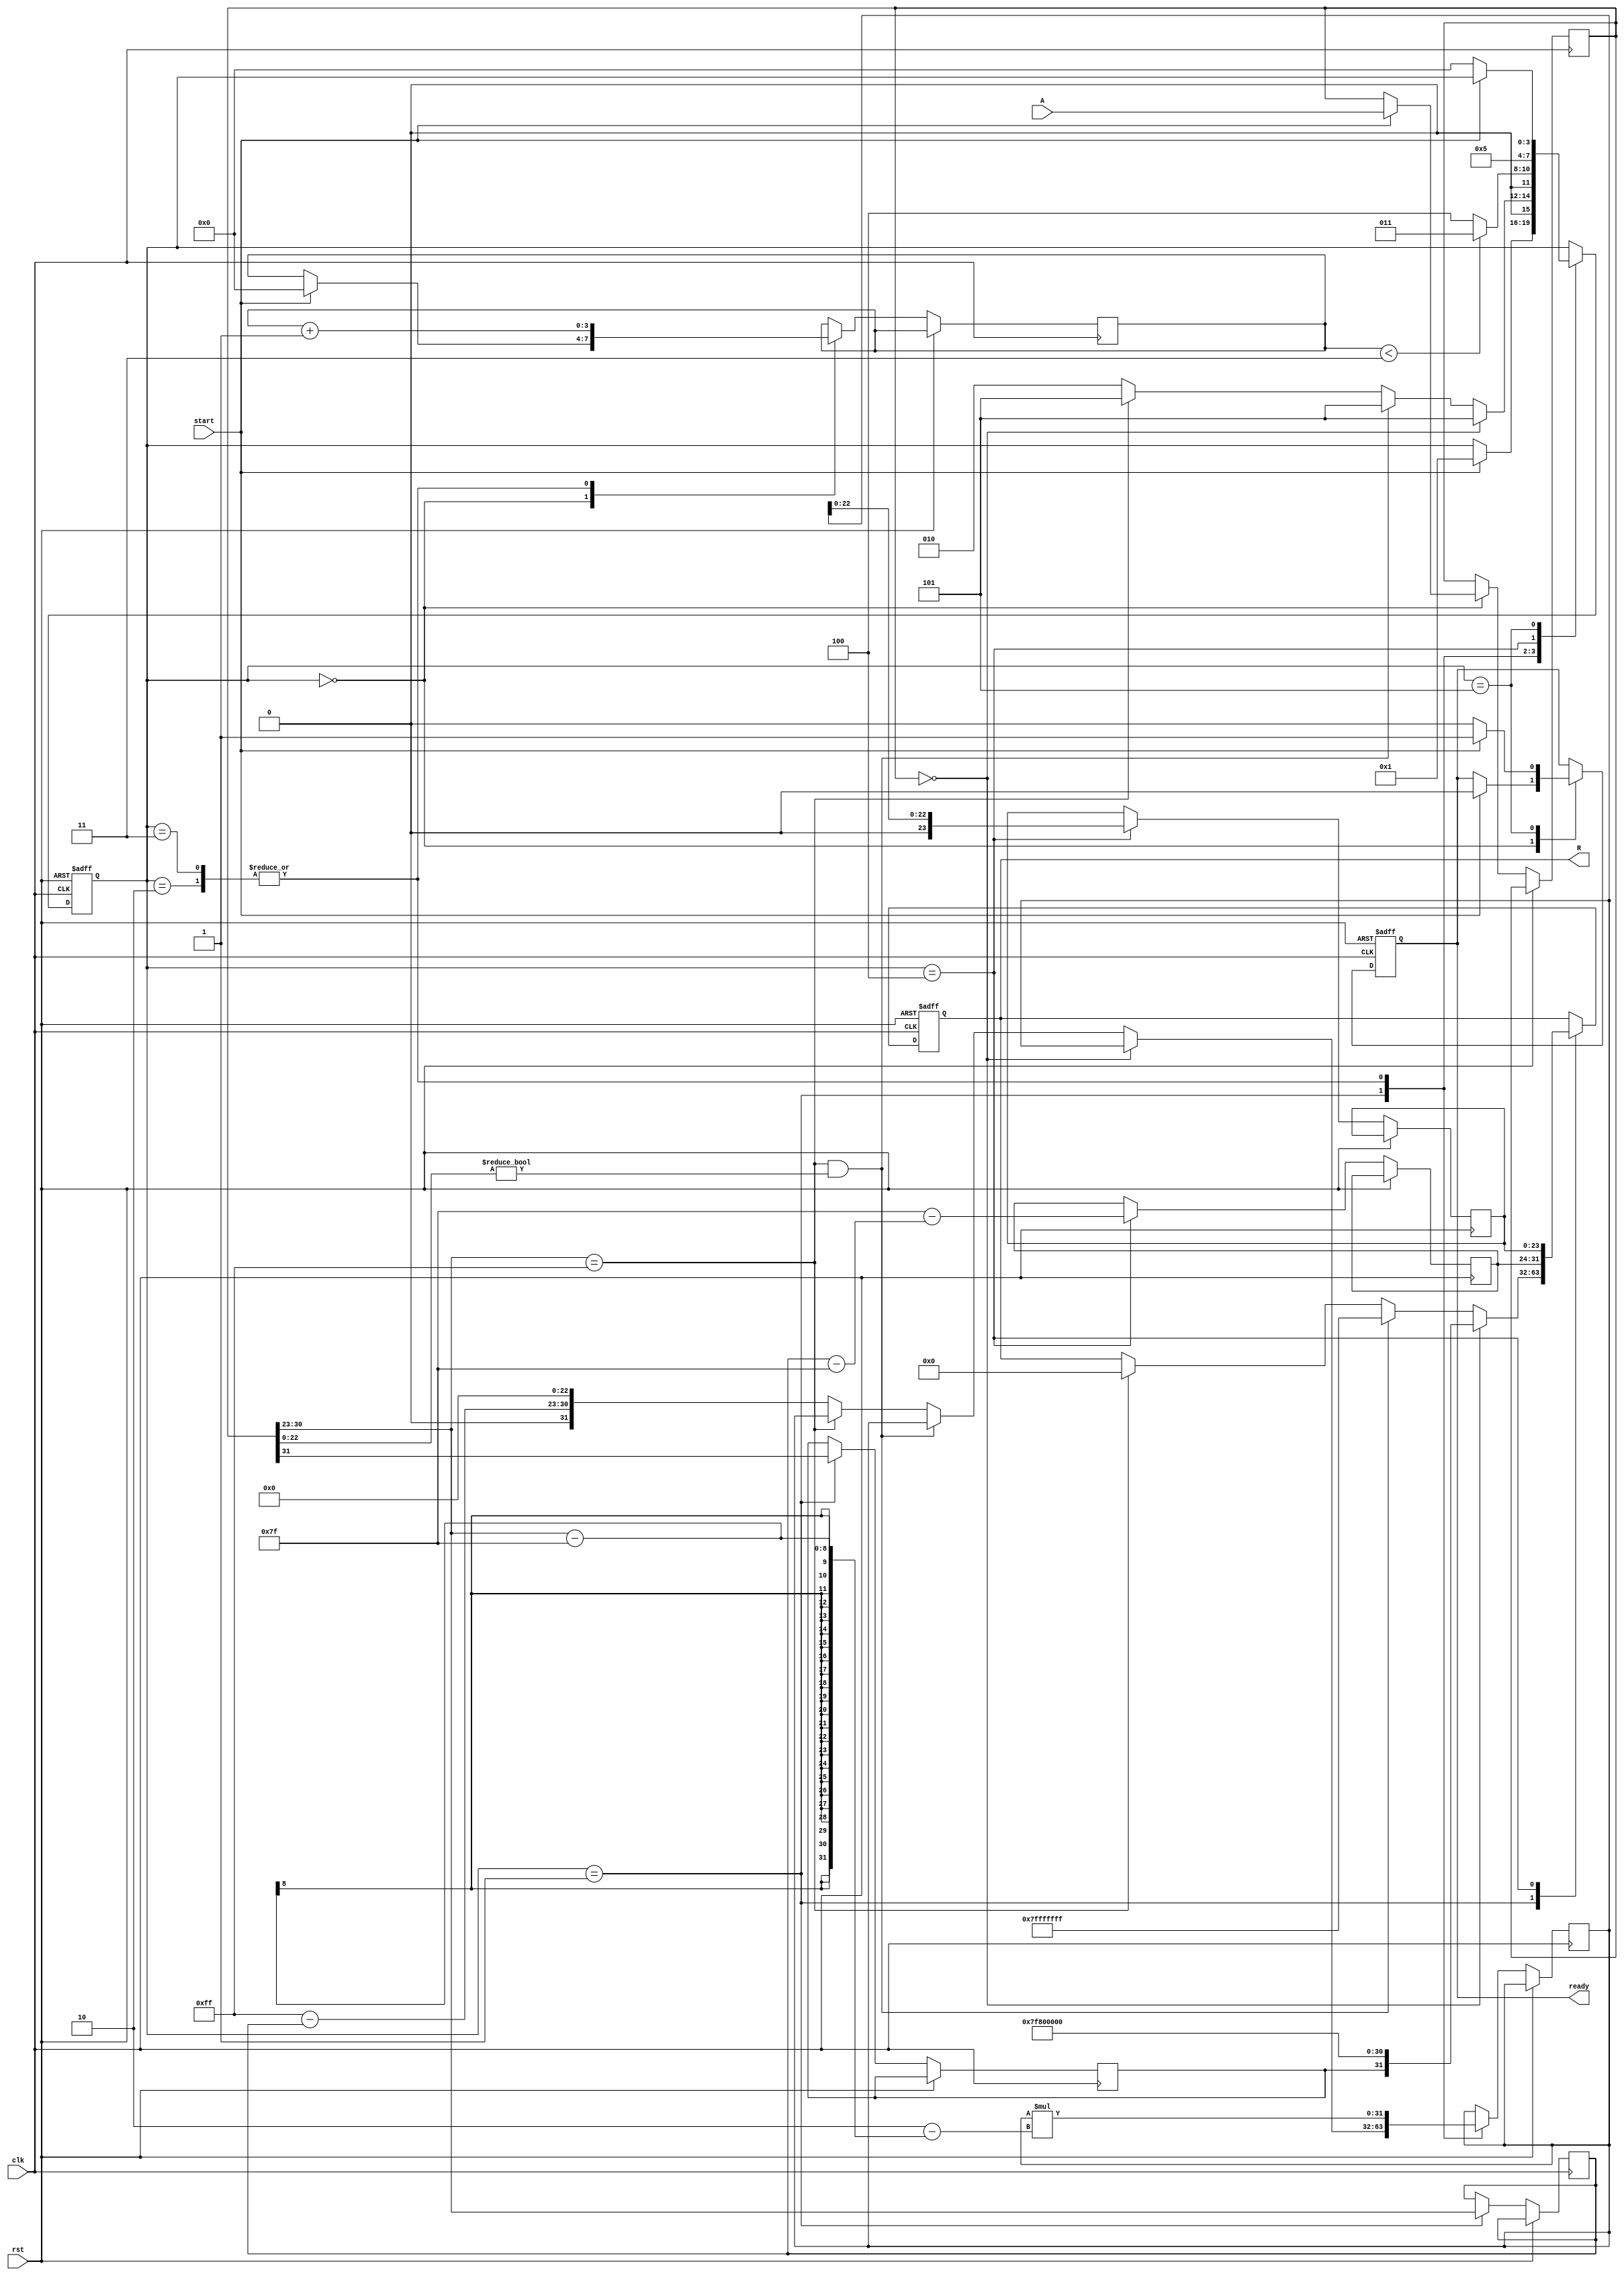
module floating_point_reciprocal (
    input wire clk,
    input wire rst,
    input wire start,
    input wire [31:0] A, // Single-precision floating-point input
    output reg [31:0] R, // Reciprocal output
    output reg ready // Indicates when the result is ready
);

    // Constants for single precision
    localparam EXPONENT_BIAS = 8'd127;
    localparam EXPONENT_WIDTH = 8;
    localparam MANTISSA_WIDTH = 23;
    localparam SIGN_BIT_WIDTH = 1;

    // Internal signals
    reg [31:0] A_reg;
    reg [23:0] mantissa;
    reg [7:0] exponent;
    reg sign;
    reg [31:0] approx; // Approximation of the reciprocal
    reg [7:0] R_exponent;
    reg [23:0] R_mantissa;
    reg [3:0] state; // State machine for control
    reg [3:0] iteration_count;

    // State machine states
    localparam IDLE = 4'b0000;
    localparam DECODE = 4'b0001;
    localparam APPROXIMATE = 4'b0010;
    localparam REFINE = 4'b0011;
    localparam FINALIZE = 4'b0100;
    localparam DONE = 4'b0101;

    // Initial setup
    always @(posedge clk or posedge rst) begin
        if (rst) begin
            state <= IDLE;
            ready <= 0;
            R <= 32'b0;
        end else begin
            case (state)
                IDLE: begin
                    if (start) begin
                        A_reg <= A;
                        state <= DECODE;
                        ready <= 0;
                        iteration_count <= 0;
                    end
                end
                
                DECODE: begin
                    sign <= A_reg[31];
                    exponent <= A_reg[30:23];
                    mantissa <= {1'b1, A_reg[22:0]}; // Normalized mantissa
                    if (A_reg == 32'b0) begin
                        // Handle zero input
                        R <= {sign, 8'd255, 23'b0}; // Infinity
                        state <= DONE;
                    end else if ((A_reg[30:23] == 8'b11111111) && (A_reg[22:0] != 23'b0)) begin
                        // Handle NaN
                        R <= 32'b01111111111111111111111111111111; // NaN
                        state <= DONE;
                    end else if (A_reg[30:23] == 8'b11111111) begin
                        // Handle infinity
                        R <= 32'b0; // Reciprocal of infinity is 0
                        state <= DONE;
                    end else begin
                        // Compute initial approximation
                        approx <= {1'b0, 8'b11111111 - exponent, 23'b0}; // Initial approximation 2^(-exponent)
                        state <= APPROXIMATE;
                    end
                end
                
                APPROXIMATE: begin
                    // Perform one iteration of Newton-Raphson
                    approx <= approx * (2'b10 - (A_reg[30:23] - 127)); // approx = approx * (2 - A * approx)
                    iteration_count <= iteration_count + 1;
                    if (iteration_count < 3) // Refine for 3 iterations
                        state <= REFINE;
                    else
                        state <= FINALIZE;
                end
                
                REFINE: begin
                    approx <= approx * (2'b10 - (A_reg[30:23] - 127)); // Another iteration
                    iteration_count <= iteration_count + 1;
                    if (iteration_count < 3)
                        state <= REFINE;
                    else
                        state <= FINALIZE;
                end
                
                FINALIZE: begin
                    // Finalize the output
                    R_exponent <= EXPONENT_BIAS - (exponent - EXPONENT_BIAS);
                    R_mantissa <= approx[22:0]; // Use the mantissa from the approximation
                    R <= {sign, R_exponent, R_mantissa};
                    state <= DONE;
                end
                
                DONE: begin
                    ready <= 1;
                    if (!start) begin
                        state <= IDLE; // Go back to idle when not starting
                        ready <= 0;
                    end
                end
            endcase
        end
    end
endmodule